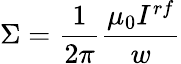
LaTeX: \Sigma=\frac{1}{2\pi}\frac{\mu_{0}I^{rf}}{w}